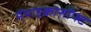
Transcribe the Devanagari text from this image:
मेंमाइक्रोसॉफ्ट